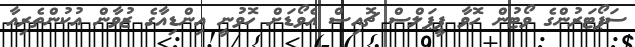
ސަޕޯޓަރުންގެ ވޯޓުން ހޮވާ ޕީޕަލްސް ޗޮއިސް އެވޯޑަށް ހޮވުނީ އިންޑިއާގެ ޒުވާން އުކުންތެރިއާ